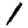
Digit: 1